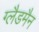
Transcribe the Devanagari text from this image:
ग्लैडमैन